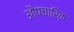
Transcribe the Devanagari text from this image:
औपचारिक